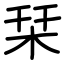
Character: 栞